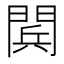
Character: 𨴴